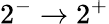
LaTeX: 2^{-}\rightarrow 2^{+}